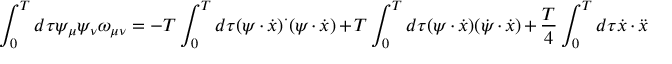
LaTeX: \int _ { 0 } ^ { T } d \tau \psi _ { \mu } \psi _ { \nu } \omega _ { \mu \nu } = - T \int _ { 0 } ^ { T } d \tau ( \psi \cdot \dot { x } ) ^ { \cdot } ( \psi \cdot \dot { x } ) + T \int _ { 0 } ^ { T } d \tau ( \psi \cdot \dot { x } ) ( \dot { \psi } \cdot \dot { x } ) + { \frac { T } { 4 } } \int _ { 0 } ^ { T } d \tau \dot { x } \cdot \ddot { x }